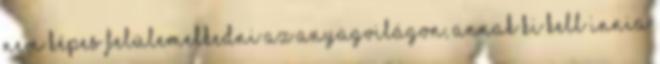
nem képes felülemelkedni az anyagvilágon, annak ki kell innia